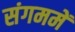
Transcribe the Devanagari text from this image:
संगममें